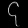
Digit: ၄